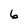
Character: 6